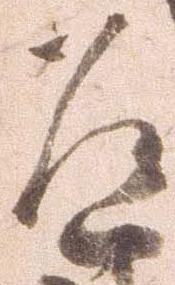
道